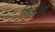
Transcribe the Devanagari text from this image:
थिओन